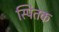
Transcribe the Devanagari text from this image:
स्पितक